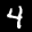
Label: 4